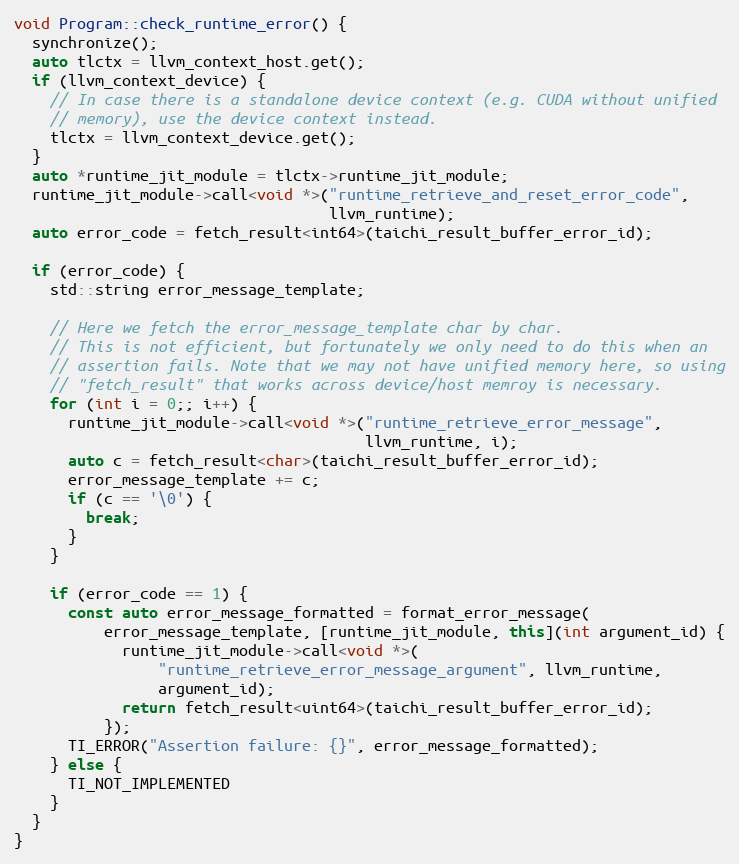
Language: C++
void Program::check_runtime_error() {
  synchronize();
  auto tlctx = llvm_context_host.get();
  if (llvm_context_device) {
    // In case there is a standalone device context (e.g. CUDA without unified
    // memory), use the device context instead.
    tlctx = llvm_context_device.get();
  }
  auto *runtime_jit_module = tlctx->runtime_jit_module;
  runtime_jit_module->call<void *>("runtime_retrieve_and_reset_error_code",
                                   llvm_runtime);
  auto error_code = fetch_result<int64>(taichi_result_buffer_error_id);

  if (error_code) {
    std::string error_message_template;

    // Here we fetch the error_message_template char by char.
    // This is not efficient, but fortunately we only need to do this when an
    // assertion fails. Note that we may not have unified memory here, so using
    // "fetch_result" that works across device/host memroy is necessary.
    for (int i = 0;; i++) {
      runtime_jit_module->call<void *>("runtime_retrieve_error_message",
                                       llvm_runtime, i);
      auto c = fetch_result<char>(taichi_result_buffer_error_id);
      error_message_template += c;
      if (c == '\0') {
        break;
      }
    }

    if (error_code == 1) {
      const auto error_message_formatted = format_error_message(
          error_message_template, [runtime_jit_module, this](int argument_id) {
            runtime_jit_module->call<void *>(
                "runtime_retrieve_error_message_argument", llvm_runtime,
                argument_id);
            return fetch_result<uint64>(taichi_result_buffer_error_id);
          });
      TI_ERROR("Assertion failure: {}", error_message_formatted);
    } else {
      TI_NOT_IMPLEMENTED
    }
  }
}